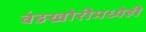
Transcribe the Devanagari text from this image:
बंडखोरीमध्येही